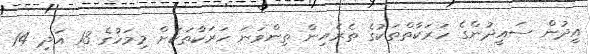
އީދުން ސައީދުންގެ ހަރަކާތްތަކުގެ ތެރެއިން ތިންވަނަ ހަރަކާތަކަށް މިމަހުގެ 13 އަދި 14